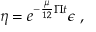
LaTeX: \eta = e ^ { - \frac { \mu } { 1 2 } \Pi t } \epsilon ~ ,